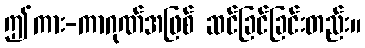
ဤကား-ကာဂုဏ်အဖြစ် ဆင်ခြင်ခြင်းတည်း။